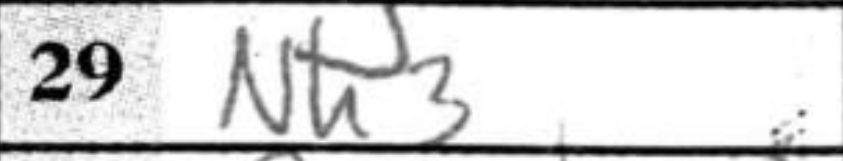
Transcription: Nh3